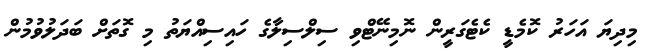
މިދިޔަ އަހަރު ކޮމެޑީ ކެޓެގަރީން ނޮމިނޭޓްވި ސިލްސިލާގެ ހައިސިއްޔަތު މި ގޮތަށް ބަދަލުވުމުން